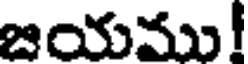
జయము!